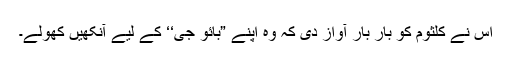
اس نے کلثوم کو بار بار آواز دی کہ وہ اپنے ”بائو جی‘‘ کے لیے آنکھیں کھولے۔